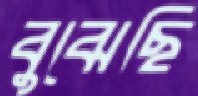
বুঝেছি